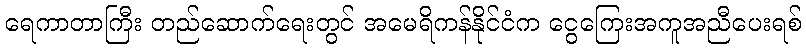
ရေကာတာကြီး တည်ဆောက်ရေးတွင် အမေရိကန်နိုင်ငံက ငွေကြေးအကူအညီပေးရစ်